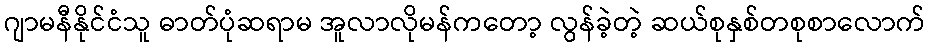
ဂျာမနီနိုင်ငံသူ ဓာတ်ပုံဆရာမ အူလာလိုမန်ကတော့ လွန်ခဲ့တဲ့ ဆယ်စုနှစ်တစုစာလောက်